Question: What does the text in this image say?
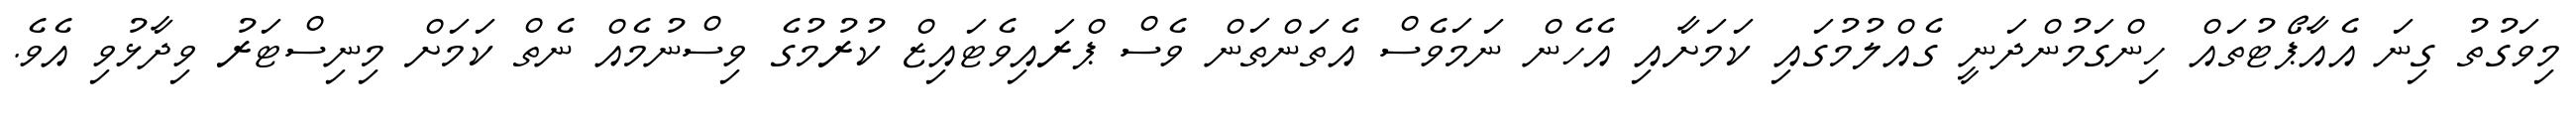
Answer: މިވަގުތު ގިނަ އެއާޕޯޓުތައް ހިންގަމުންދަނީ ގެއްލުމުގައި ކަމަށާއި އެހެން ނަމަވެސް އެތަންތަން ވެސް ޕްރައިވެޓައިޒް ކުރުމުގެ ވިސްނުމެއް ނެތް ކަމަށް މިނިސްޓަރު ވިދާޅުވި އެވެ.